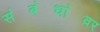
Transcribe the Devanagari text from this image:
स॓ब॓धा॓वर